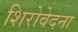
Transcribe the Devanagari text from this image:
शिरोवेदना